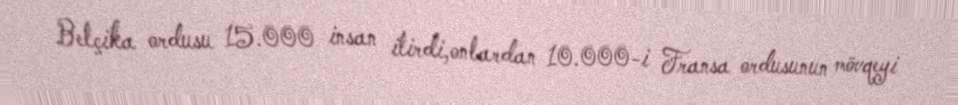
Belçika ordusu 15.000 insan itirdi,onlardan 10.000-i Fransa ordusunun mövqeyi